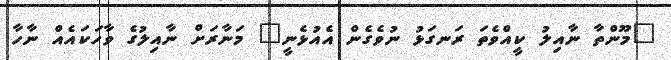
"މޫންތާ ނާއިލު ކީއްވެތަ ރަނގަޅު ނުވެގެން އެއުޅެނީ" މަނާރަށް ނާއިލުގެ ވާހަކައެއް ނާހާ